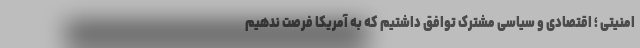
امنیتی ؛ اقتصادی و سیاسی مشترک توافق داشتیم که به آمریکا فرصت ندهیم